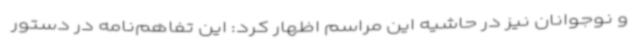
و نوجوانان نیز در حاشیه این مراسم اظهار کرد: این تفاهم‌نامه در دستور